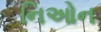
નિઓન